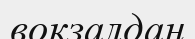
вокзалдан